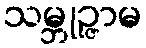
သမ္ဘုဉ္ဇာမ